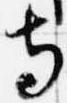
寺